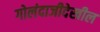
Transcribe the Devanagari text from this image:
गोलंदाजीदेखील